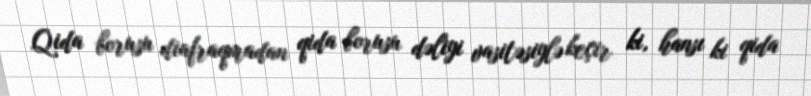
Qida borusu diafraqmadan qida borusu dəliyi vasitəsiylə keçir ki, hansı ki qida